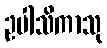
ဥပါသိကာသု